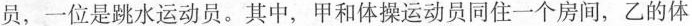
员，一位是跳水运动员。其中，甲和体操运动员同住一个房间，乙的体